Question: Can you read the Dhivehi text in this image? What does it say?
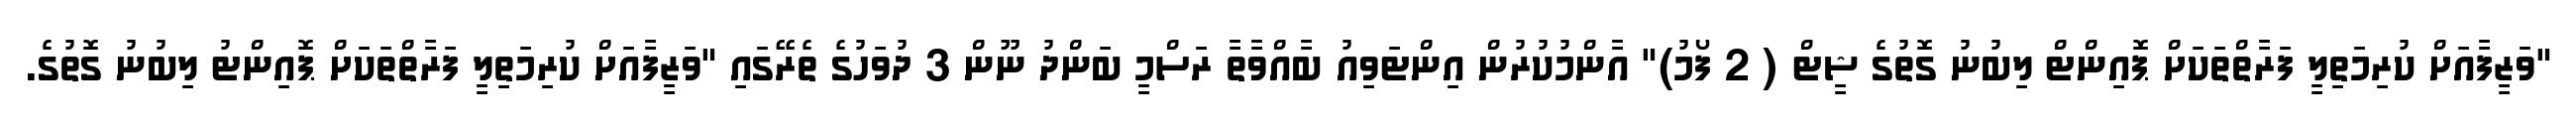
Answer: "ވަޒީފާއަށް ކުރިމަތިލީ ފަރާތްތަކަށް ޕޮއިންޓް ލިބުނު ގޮތުގެ ޝީޓް ( 2 ފޯމު)" އާންމުކުރުން އިންޓަވިއު ބާއްވާތާ ރަސްމީ ބަންދު ނޫން 3 ދުވަހުގެ ތެރޭގައި "ވަޒީފާއަށް ކުރިމަތިލީ ފަރާތްތަކަށް ޕޮއިންޓު ލިބުނު ގޮތުގެ.